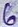
Text: 6